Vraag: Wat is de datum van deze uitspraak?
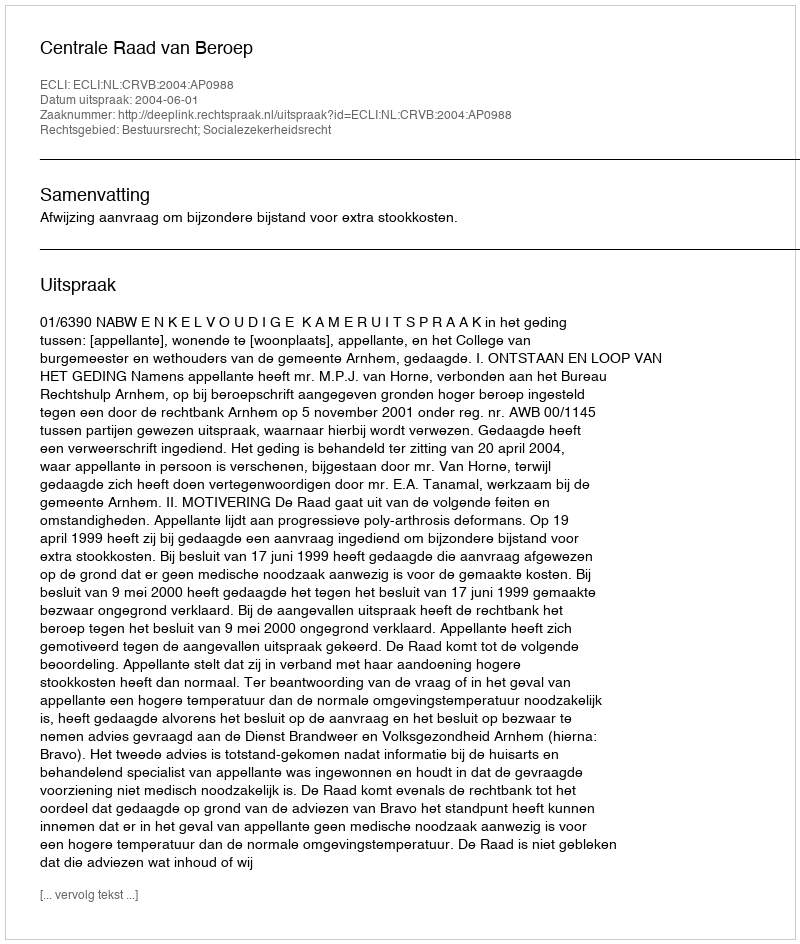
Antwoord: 2004-06-01